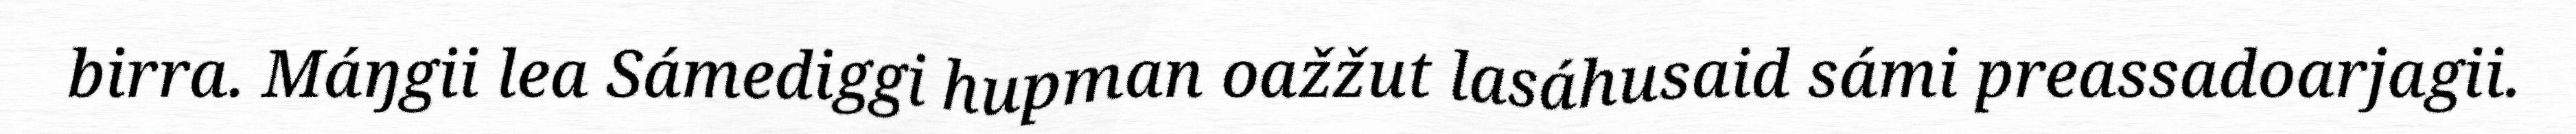
birra. Máŋgii lea Sámediggi hupman oažžut lasáhusaid sámi preassadoarjagii.